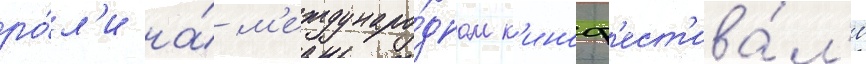
ро́л'и на́ м'еждунаро́дном к'иноф'ест'ива́л'е